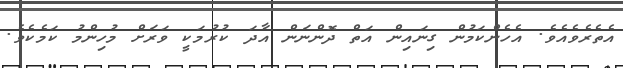
އެތެރެވެއެވެ. އެހެންކަމުން ގިނައިން އަތް ދޮންނަން އާދަ ކުރުމަކީ ވަރަށް މުހިންމު ކަމެކެވެ.